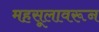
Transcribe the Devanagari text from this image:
महसूलावरून